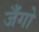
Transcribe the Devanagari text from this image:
जँगो